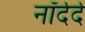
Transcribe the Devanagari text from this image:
नॉर्दर्द